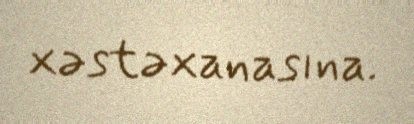
xəstəxanasına.